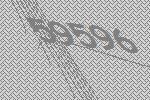
59596